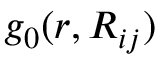
g _ { 0 } ( r , R _ { i j } )